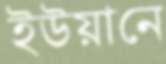
ইউয়ানে